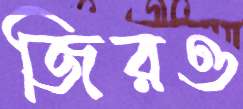
জিরও